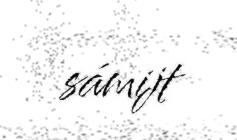
sámijt